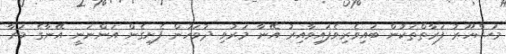
މަޝްހޫރު ފަރާތްތަކުން ބައިވެރިވެފައިވާއިރު އޭނާ މަރުވި ދުވަހުން ފެށިގެން އަންނަނީ އޭނާގެ މަރާ